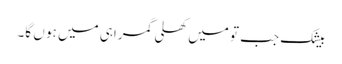
بیشک جب تو میں کھلی گمراہی میں ہو ں گا۔